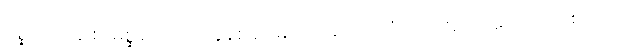
မစ္ဆရိယေန စ၊ မစ္ဆရိယလျှင် ခုနစ်ခုမြောက်ရှိသော သံယောဇဉ်ကို ဟောရာဖြစ်သော